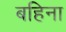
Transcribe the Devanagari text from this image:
बहिना